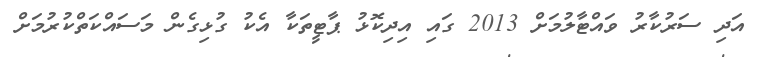
އަދި ސަރުކާރު ވައްޓާލުމަށް 2013 ގައި އިދިކޮޅު ޕާޓީތަކާ އެކު ގުޅިގެން މަސައްކަތްކުރުމަށް